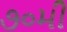
૭૦મી